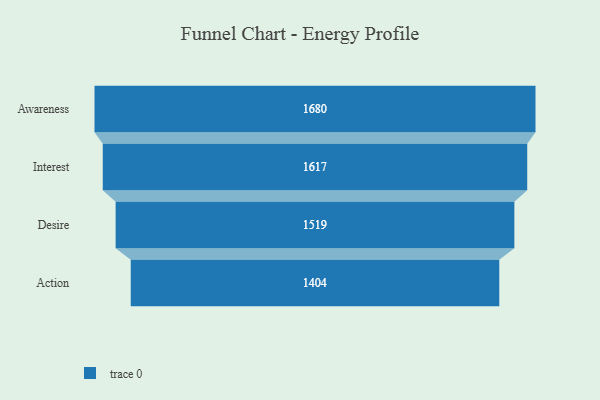
{"axis": {"x": "Stage", "y": "Value"}, "legend": [""], "data": [{"x": "Awareness", "y": 1680.0, "type": ""}, {"x": "Interest", "y": 1617.0, "type": ""}, {"x": "Desire", "y": 1519.0, "type": ""}, {"x": "Action", "y": 1404.0, "type": ""}]}